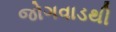
જોગવાડથી